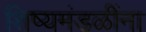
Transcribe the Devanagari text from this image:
शिष्यमंडळींना